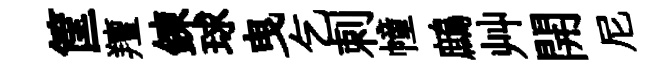
筐羶錬球曳乞刺幢鷓艸開尼